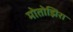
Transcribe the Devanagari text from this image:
मोतोझिरा